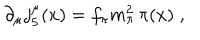
\partial _ { \mu } j _ { 5 } ^ { \mu } ( x ) = f _ { \pi } m _ { \pi } ^ { 2 } \, \pi ( x ) \; ,